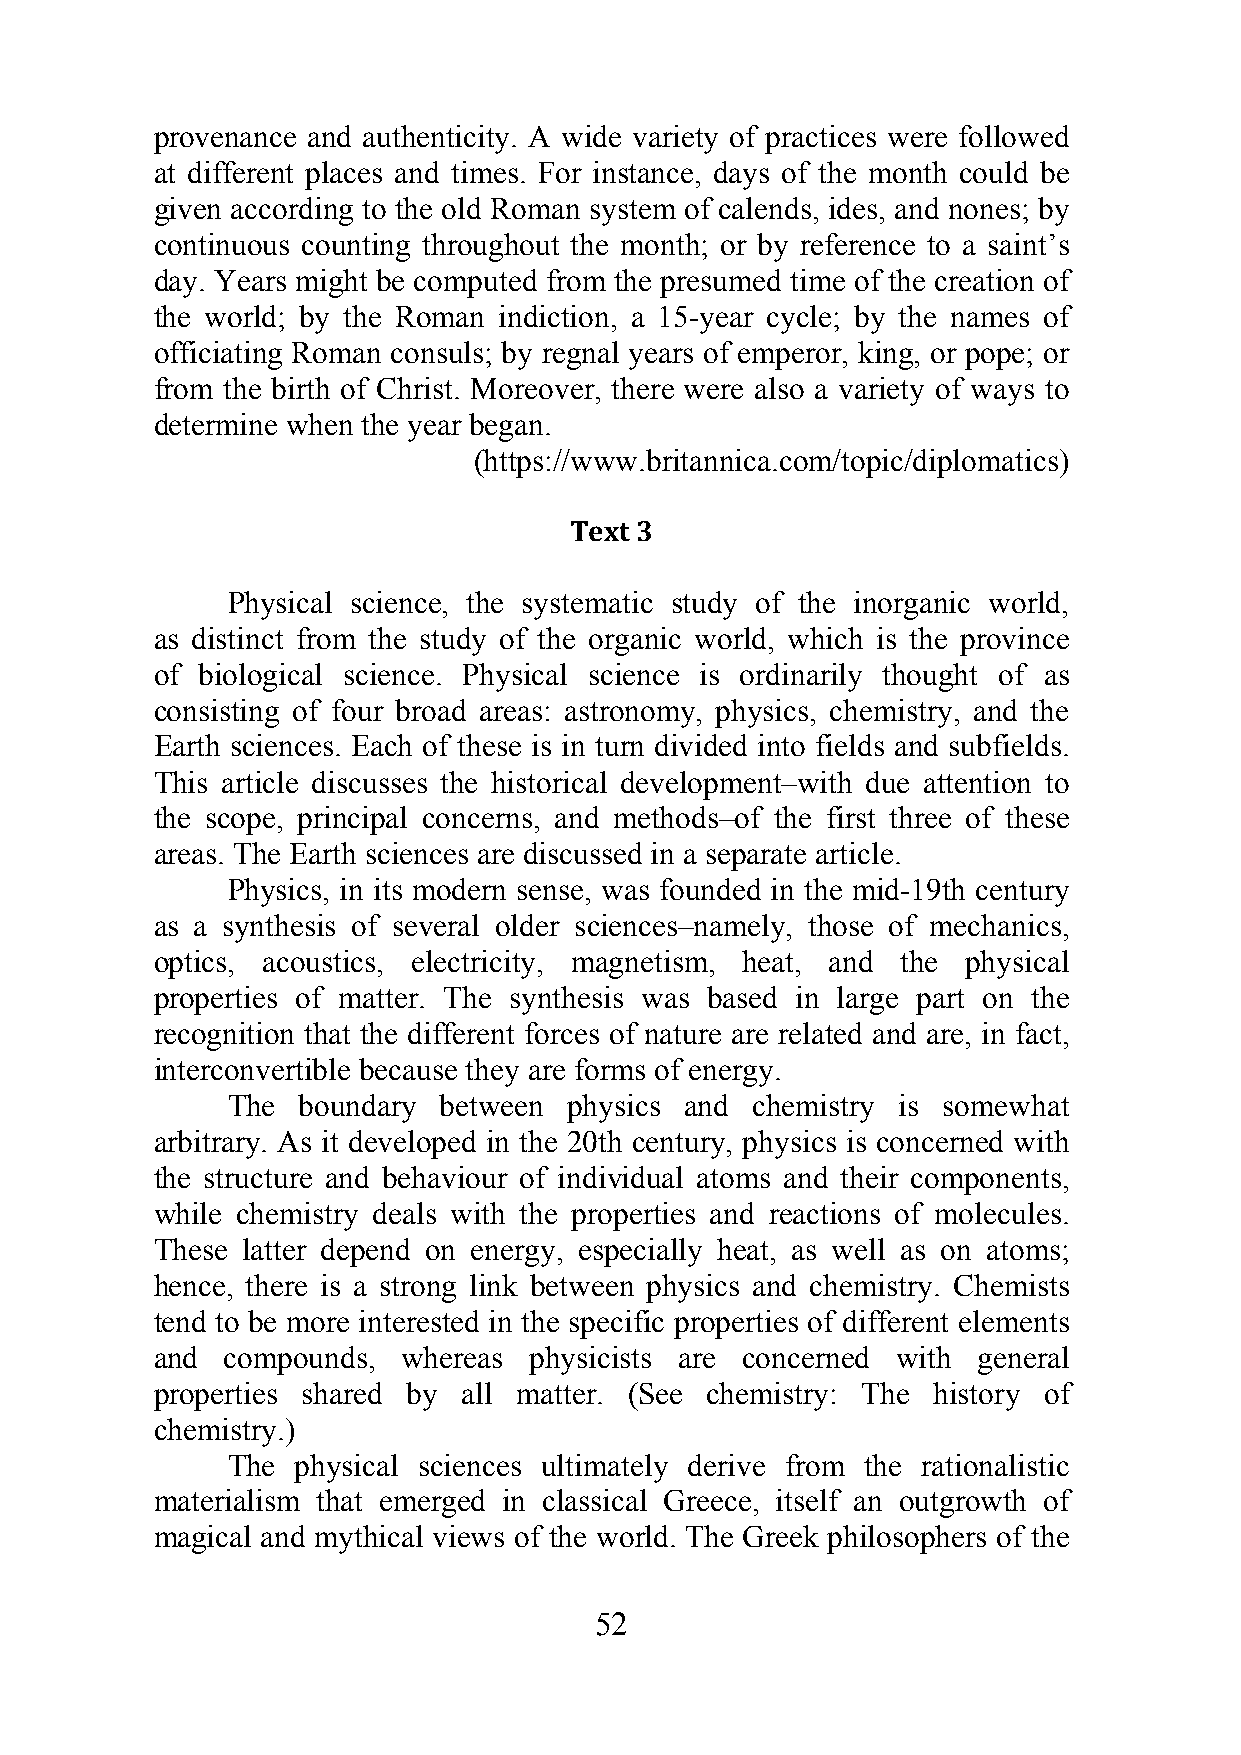
provenance and authenticity. A wide variety of practices were followed
 at different places and times. For instance, days of the month could be
 given according to the old Roman system of calends, ides, and nones; by
 continuous counting throughout the month; or by reference to a saint’s
 day. Years might be computed from the presumed time of the creation of
 the world; by the Roman indiction, a 15-year cycle; by the names of
 officiating Roman consuls; by regnal years of emperor, king, or pope; or
 from the birth of Christ. Moreover, there were also a variety of ways to
 determine when the year began.
 (https://www.britannica.com/topic/diplomatics)
 Text 3
 Physical science, the systematic study of the inorganic world,
 as distinct from the study of the organic world, which is the province
 of biological science. Physical science is ordinarily thought of as
 consisting of four broad areas: astronomy, physics, chemistry, and the
 Earth sciences. Each of these is in turn divided into fields and subfields.
 This article discusses the historical development–with due attention to
 the scope, principal concerns, and methods–of the first three of these
 areas. The Earth sciences are discussed in a separate article.
 Physics, in its modern sense, was founded in the mid-19th century
 as a synthesis of several older sciences–namely, those of mechanics,
 optics, acoustics, electricity, magnetism, heat, and the physical
 properties of matter. The synthesis was based in large part on the
 recognition that the different forces of nature are related and are, in fact,
 interconvertible because they are forms of energy.
 The  boundary between  physics and chemistry is somewhat
 arbitrary. As it developed in the 20th century, physics is concerned with
 the structure and behaviour of individual atoms and their components,
 while chemistry deals with the properties and reactions of molecules.
 These latter depend on energy, especially heat, as well as on atoms;
 hence, there is a strong link between physics and chemistry. Chemists
 tend to be more interested in the specific properties of different elements
 and  compounds,  whereas physicists are concerned with general
 properties shared by all matter. (See chemistry: The history of
 chemistry.)
 The  physical sciences ultimately derive from the rationalistic
 materialism that emerged in classical Greece, itself an outgrowth of
 magical and mythical views of the world. The Greek philosophers of the
 52